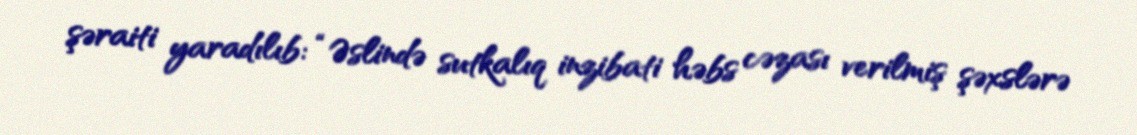
şəraiti yaradılıb: “Əslində sutkalıq inzibati həbs cəzası verilmiş şəxslərə